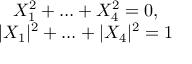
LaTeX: \begin{array} { c } { { X _ { 1 } ^ { 2 } + \ldots + X _ { 4 } ^ { 2 } = 0 , } } \\ { { | X _ { 1 } | ^ { 2 } + \ldots + | X _ { 4 } | ^ { 2 } = 1 } } \end{array}